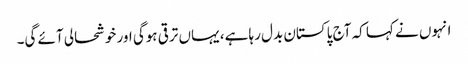
انہوں نے کہا کہ آج پاکستان بدل رہا ہے، یہاں ترقی ہوگی اور خوشحالی آئے گی۔